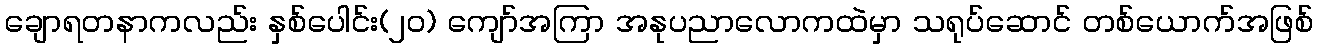
ချောရတနာကလည်း နှစ်ပေါင်း(၂၀) ကျော်အကြာ အနုပညာလောကထဲမှာ သရုပ်ဆောင် တစ်ယောက်အဖြစ်